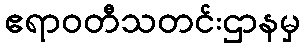
ဧရာဝတီသတင်းဌာနမှ